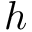
h